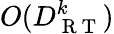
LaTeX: O(D_{\mathrm{~R~T~}}^{k})